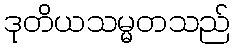
ဒုတိယသမ္မတသည်